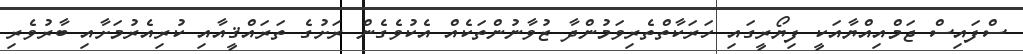
ސްފައިސް ޖަމްއިއްޔާއަކީ ފިޔޯރީގައި ހަރަކާތްތެރިވަމުންދާ ޒުވާނުންތަކެއް އެކުވެގެން ރަށުގެ ތަރައްޤީއާއި ކުރިއެރުމަށާއި ބާރުވެރި